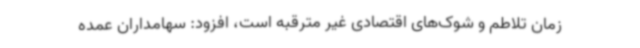
زمان تلاطم و شوک‌های اقتصادی غیر مترقبه است، افزود: سهامداران عمده